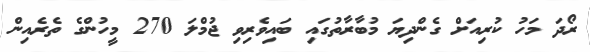
ރޯދަ މަހު ކުރިއަށް ގެންދިޔަ މުބާރާތުގައި ބައިވެރިވި ޖުމްލަ 270 މީހުންގެ ތެރެއިން